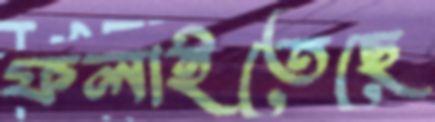
ফলাইতেছে